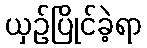
ယှဉ်ပြိုင်ခဲ့ရာ